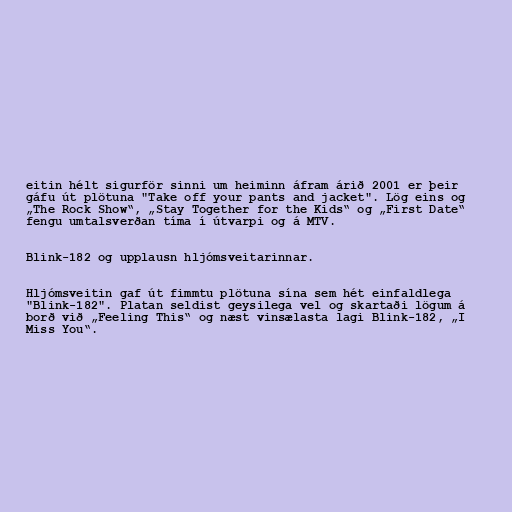
eitin hélt sigurför sinni um heiminn áfram árið 2001 er þeir
gáfu út plötuna "Take off your pants and jacket". Lög eins og
„The Rock Show“, „Stay Together for the Kids“ og „First Date“
fengu umtalsverðan tíma í útvarpi og á MTV.

Blink-182 og upplausn hljómsveitarinnar.

Hljómsveitin gaf út fimmtu plötuna sína sem hét einfaldlega
"Blink-182". Platan seldist geysilega vel og skartaði lögum á
borð við „Feeling This“ og næst vinsælasta lagi Blink-182, „I
Miss You“.